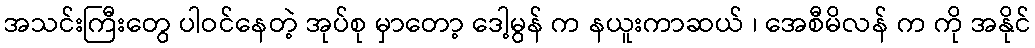
အသင်းကြီးတွေ ပါဝင်နေတဲ့ အုပ်စု မှာတော့ ဒေါ့မွန် က နယူးကာဆယ် ၊ အေစီမိလန် က ကို အနိုင်